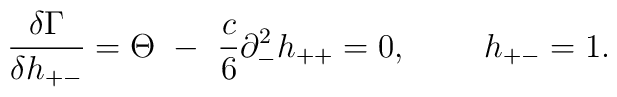
{\delta\Gamma\over\delta h_{+-}}=\Theta~-~\frac{c}{6}\partial^2_-h_{++}=0,~~~~~~~h_{+-}=1.